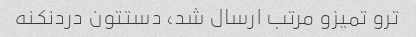
ترو تمیزو مرتب ارسال شد، دستتون دردنکنه